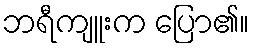
ဘရီကျူးက ပြော၏။